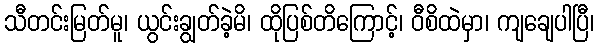
သီတင်းမြတ်မူ၊ ယွင်းချွတ်ခဲ့မိ၊ ထိုပြစ်တိကြောင့်၊ ဝီစိထဲမှာ၊ ကျချေပါပြီ၊